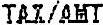
TAX/AMT